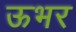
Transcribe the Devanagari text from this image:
ऊभर